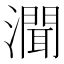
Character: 𤀳